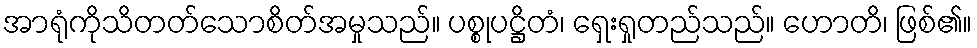
အာရုံကိုသိတတ်သောစိတ်အမှုသည်။ ပစ္စုပဋ္ဌိတံ၊ ရှေးရှုတည်သည်။ ဟောတိ၊ ဖြစ်၏။